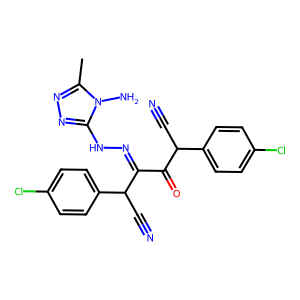
SMILES: Cc1nnc(NN=C(C(=O)C(C#N)c2ccc(Cl)cc2)C(C#N)c2ccc(Cl)cc2)n1N
Inhibits HIV replication: No